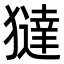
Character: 㺚